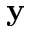
{ \bf y }